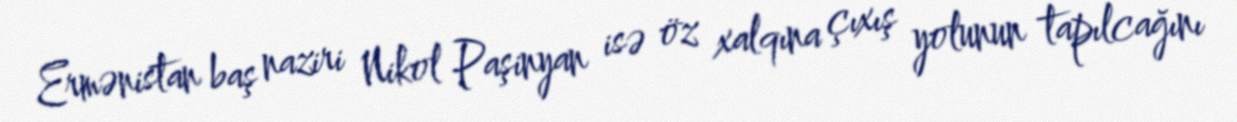
Ermənistan baş naziri Nikol Paşinyan isə öz xalqına çıxış yolunun tapılcağını